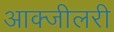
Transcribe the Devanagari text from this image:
आक्जीलरी